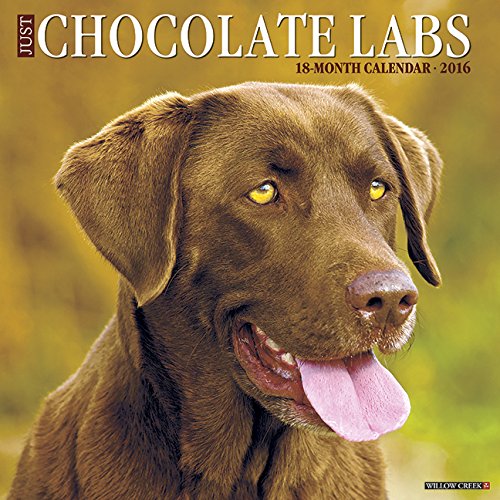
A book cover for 2016 Just Chocolate Labs Wall Calendar; Willow Creek Press; Calendars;